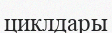
циклдары